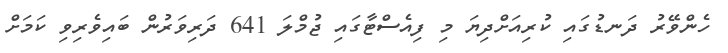
ހެންވޭރު ދަނޑުގައި ކުރިއަށްދިޔަ މި ފިއެސްޓާގައި ޖުމްލަ 641 ދަރިވަރުން ބައިވެރިވި ކަމަށް